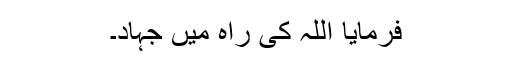
فرمایا اللہ کی راہ میں جہاد۔